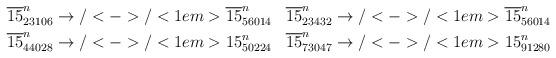
LaTeX: \begin{align*}\begin{aligned}\overline{15}^n_{23106} &\to/<->/<1em> \overline{15}^n_{56014} &\overline{15}^n_{23432} &\to/<->/<1em> \overline{15}^n_{56014} \\\overline{15}^n_{44028} &\to/<->/<1em> 15^n_{50224} &\overline{15}^n_{73047} &\to/<->/<1em> 15^n_{91280}\end{aligned}\end{align*}